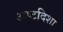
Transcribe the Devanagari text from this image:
अष्टदिशा